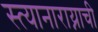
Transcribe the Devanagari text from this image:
स्त्यानाराय्नाची